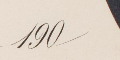
190